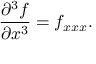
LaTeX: { \frac { \partial ^ { 3 } f } { \partial x ^ { 3 } } } = f _ { x x x } .